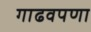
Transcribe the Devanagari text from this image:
गाढवपणा